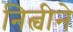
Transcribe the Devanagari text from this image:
नित्चीने